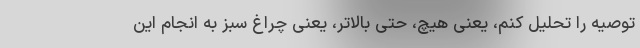
توصیه را تحلیل کنم، یعنی هیچ، حتی بالاتر، یعنی چراغ سبز به انجام این